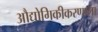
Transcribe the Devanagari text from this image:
औद्योगिकीकरणाला